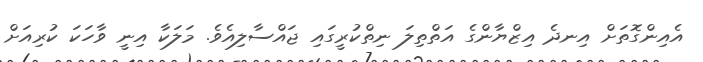
އެއިންގޮތަށް އިނދެ އިޒްޔާންގެ އަތްތިލަ ނިތްކުރީގައި ޖައްސާލިއެވެ. މަލަކާ އިނީ ވާހަކަ ކުރިއަށް